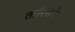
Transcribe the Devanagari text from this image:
तारिखके